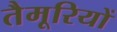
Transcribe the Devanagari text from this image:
तैमूरियों